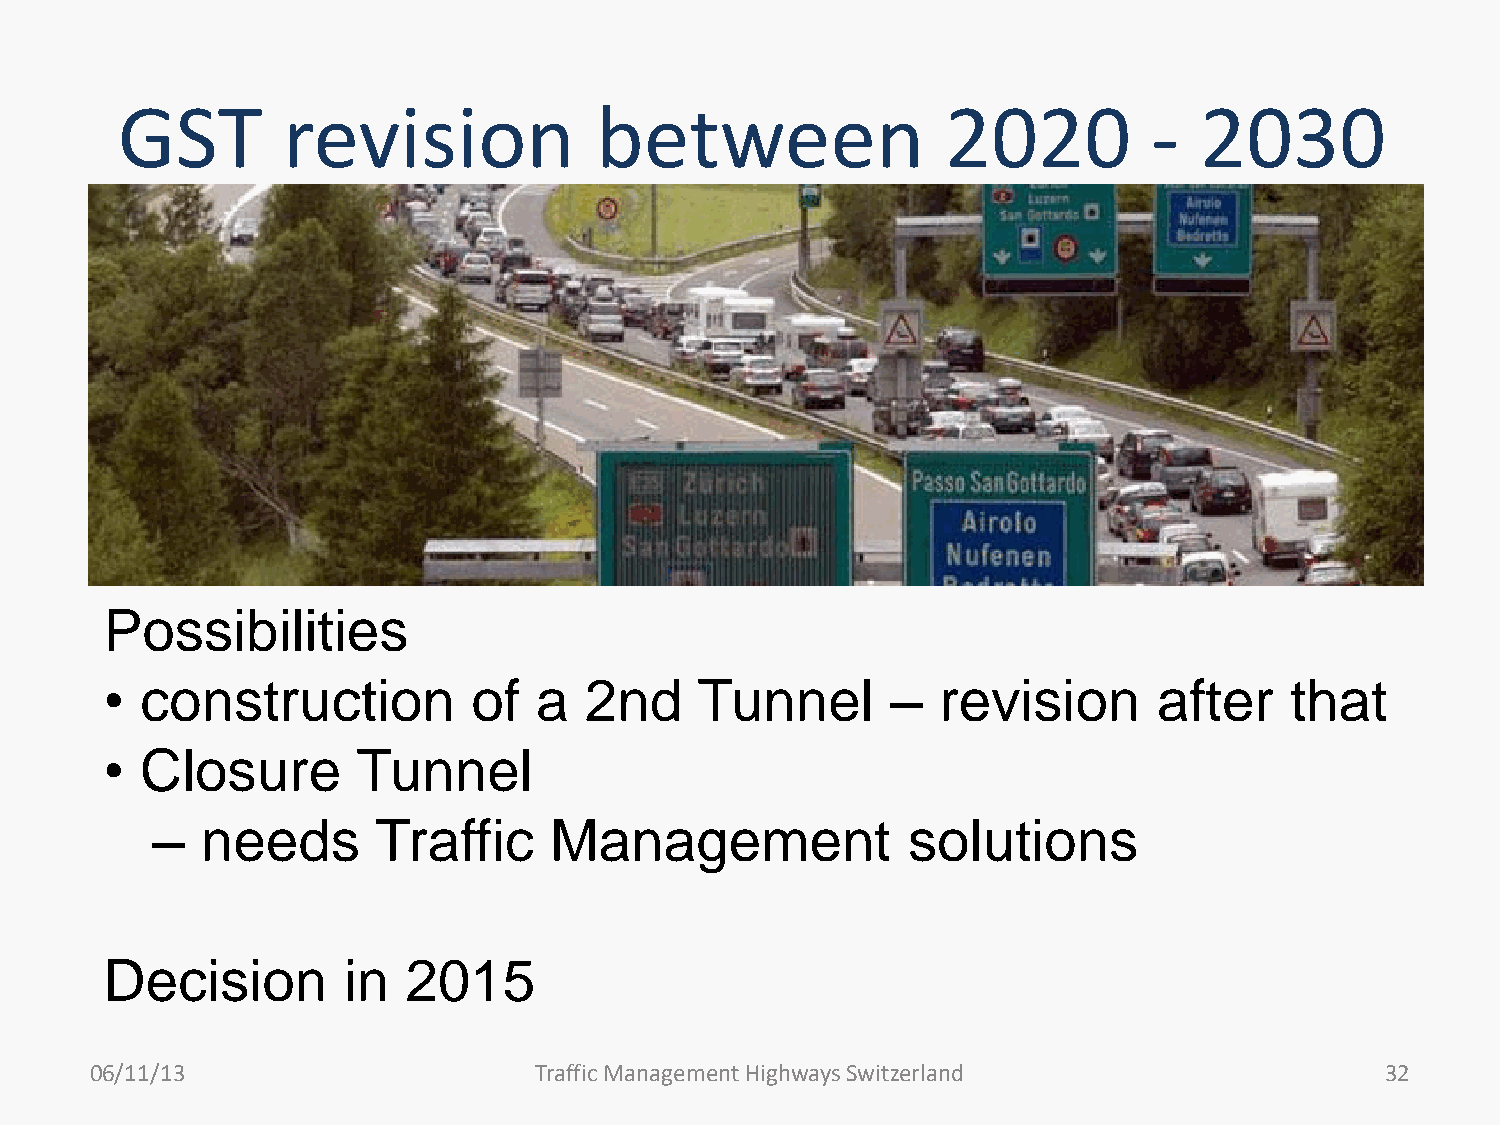
GST        revision            between                 2020         -  2030
 Possibilities
 • construction          of  a   2nd    Tunnel       –  revision       after   that
 • Closure        Tunnel
 –  needs       Traffic    Management              solutions
 Decision        in  2015
 06/11/13                     Traffic Management Highways Switzerland                  32